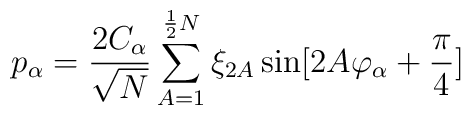
p_{\alpha} =  \frac{2C_{\alpha}}{\sqrt{N}} \sum_{A=1}^{\frac{1}{2}N} \xi_{2A} \sin [2A\varphi_{\alpha} + \frac{\pi}{4}]